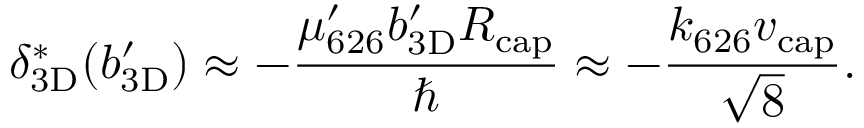
\ensuremath { \delta _ { \mathrm { 3 D } } } ^ { * } ( \ensuremath { b _ { \mathrm { 3 D } } ^ { \prime } } ) \approx - \frac { \mu _ { 6 2 6 } ^ { \prime } \ensuremath { b _ { \mathrm { 3 D } } ^ { \prime } } \ensuremath { R _ { \mathrm { c a p } } } } { \hbar } \approx - \frac { \ensuremath { k _ { 6 2 6 } } \ensuremath { v _ { \mathrm { c a p } } } } { \sqrt { 8 } } .